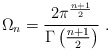
\begin{align*}\Omega_n =\frac{2\pi^{\frac{n+1}{2}}}{\Gamma\left(\frac{n+1}{2}\right)}\ .\end{align*}